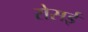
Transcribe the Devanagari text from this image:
रोसई